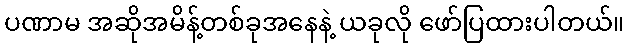
ပဏာမ အဆိုအမိန့်တစ်ခုအနေနဲ့ ယခုလို ဖော်ပြထားပါတယ်။